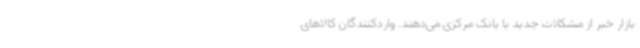
بازار خبر از مشکلات جدید با بانک مرکزی می‌دهند. واردکنندگان کالاهای